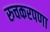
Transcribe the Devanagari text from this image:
रुचकरपणा